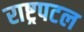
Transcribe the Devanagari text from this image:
राष्ट्रपटल